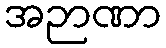
အဉာဏာ